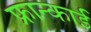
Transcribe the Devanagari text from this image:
फ्रान्काई